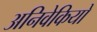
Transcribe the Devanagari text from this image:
अनिवेकियों